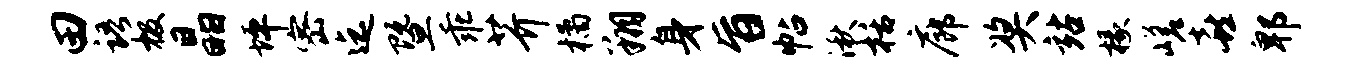
田语极晶坪密迄暨乖芥橘翔身旨帖湫栝廊奖站椽嵯喜郫